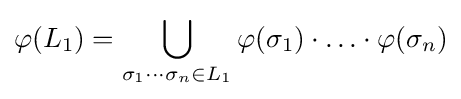
\varphi (L_{1})=\bigcup _{\sigma _{1}\cdots \sigma _{n}\in L_{1}}\varphi (\sigma _{1})\cdot \ldots \cdot \varphi (\sigma _{n})